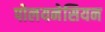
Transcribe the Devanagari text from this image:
पोलयनेसियन